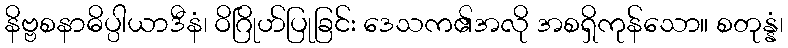
နိဗ္ဗစနာဓိပ္ပါယာဒီနံ၊ ဝိဂြိုဟ်ပြုခြင်း ဒေသက၏အလို အစရှိကုန်သော။ စတုန္နံ၊